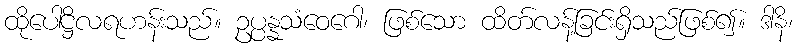
ထိုပေါဋ္ဌိလရဟန်းသည်။ ဥပ္ပန္နသံဝေဂေါ၊ ဖြစ်သော ထိတ်လန့်ခြင်းရှိသည်ဖြစ်၍။ ဒါနိ၊